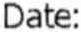
DATE: